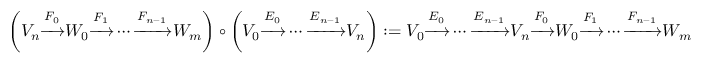
\left( V _ { n } { \xrightarrow { F _ { 0 } } } W _ { 0 } { \xrightarrow { F _ { 1 } } } \cdots { \xrightarrow { F _ { n - 1 } } } W _ { m } \right) \circ \left( V _ { 0 } { \xrightarrow { E _ { 0 } } } \cdots { \xrightarrow { E _ { n - 1 } } } V _ { n } \right) : = V _ { 0 } { \xrightarrow { E _ { 0 } } } \cdots { \xrightarrow { E _ { n - 1 } } } V _ { n } { \xrightarrow { F _ { 0 } } } W _ { 0 } { \xrightarrow { F _ { 1 } } } \cdots { \xrightarrow { F _ { n - 1 } } } W _ { m }